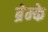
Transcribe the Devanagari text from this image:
ब्रेम्के